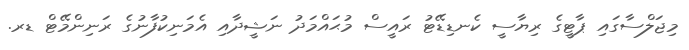
މިޖަލްސާގައި ޕާޓީގެ ރިޔާސީ ކެނޑިޑޭޓު ރައީސް މުޙައްމަދު ނަޝީދާއި އެމަނިކުފާނުގެ ރަނިންމޭޓް ޑރ.